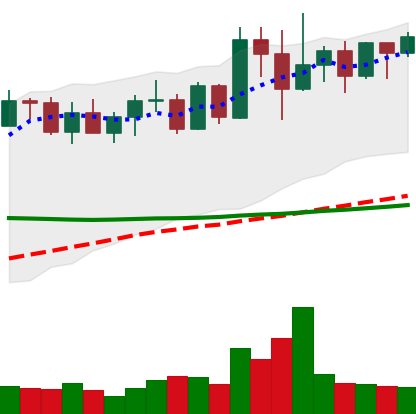
Ticker: XMR-USD
Chart end date: 2022-04-17
Forward return: 11.139%
Label: up_7plus